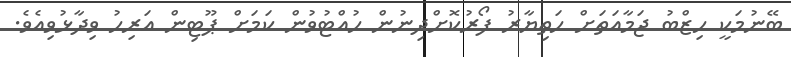
ބޭނުމަކީ ހިޒްބު ޖަމާއަތަށް ހަތިޔާރު ފޯރުކޮށްދިނުން ހުއްޓުވުން ކަމަށް ޕޫޓިން އަރިހު ވިދާޅުވިއެވެ.